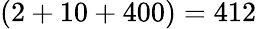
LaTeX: (2+10+400)=412